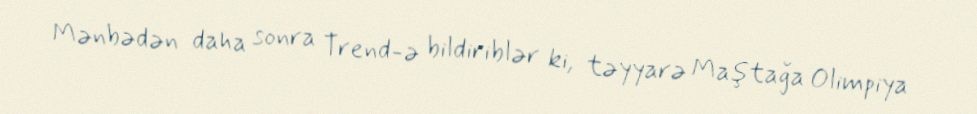
Mənbədən daha sonra Trend-ə bildiriblər ki, təyyarə Maştağa Olimpiya